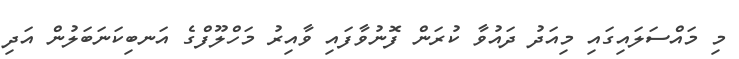
މި މައްސަލައިގައި މިއަދު ދައުވާ ކުރަން ފޮނުވާފައި ވާއިރު މަހްލޫފްގެ އަނބިކަނަބަލުން އަދި